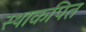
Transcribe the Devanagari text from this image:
स्थाकपित